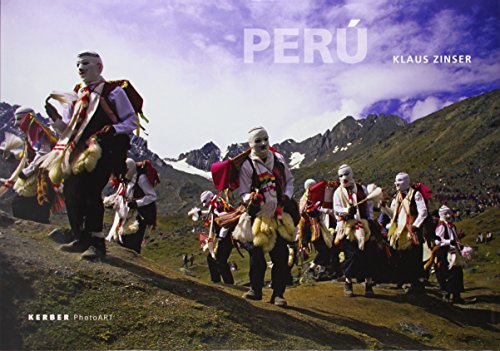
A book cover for Klaus Zinser: PerÃº; Herbert Maier; Travel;